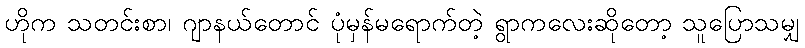
ဟိုက သတင်းစာ၊ ဂျာနယ်တောင် ပုံမှန်မရောက်တဲ့ ရွာကလေးဆိုတော့ သူပြောသမျှ